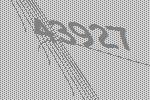
43927